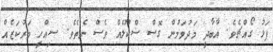
ފަޅު ގޯއްޗެވެ. އާބާދީ މަދުވަމުން ގޮސް ސްކޫލެއް ވެސް ނެތެވެ. ސިއްހީ މަރުކަޒެއް